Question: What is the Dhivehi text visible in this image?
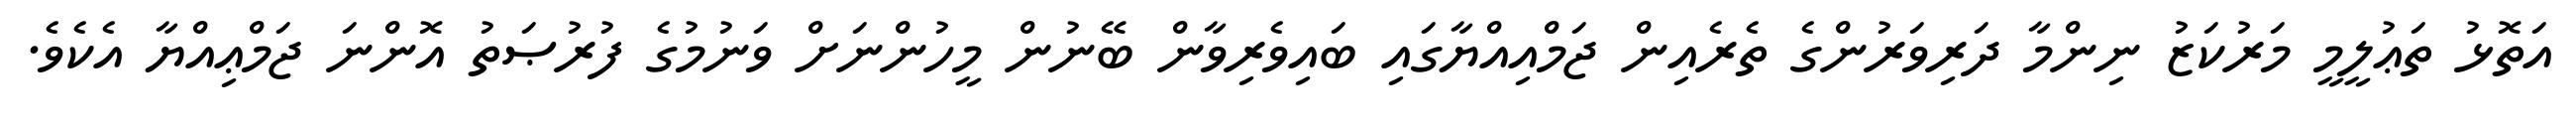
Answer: އަތޮޅު ތަޢުލީމީ މަރުކަޒު ނިންމާ ދަރިވަރުންގެ ތެރެއިން ޖަމްއިއްޔާގައި ބައިވެރިވާން ބޭނުން މީހުންނަށް ވަނުމުގެ ފުރުޞަތު އޮންނަ ޖަމްޢިއްޔާ އެކެވެ.